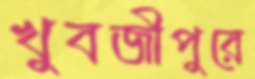
খুবজীপুরে